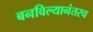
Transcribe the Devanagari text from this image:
बनविल्यानंतरच